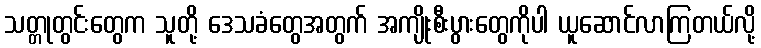
သတ္တုတွင်းတွေက သူတို့ ဒေသခံတွေအတွက် အကျိုးစီးပွားတွေကိုပါ ယူဆောင်လာကြတယ်လို့